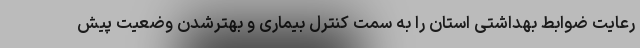
رعایت ضوابط بهداشتی استان را به سمت کنترل بیماری و بهترشدن وضعیت پیش